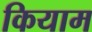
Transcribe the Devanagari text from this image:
कियाम